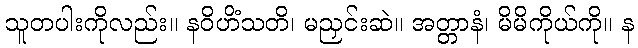
သူတပါးကိုလည်း။ နဝိဟိံသတိ၊ မညှင်းဆဲ။ အတ္တာနံ၊ မိမိကိုယ်ကို။ န